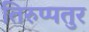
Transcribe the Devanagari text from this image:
तिरुप्पतुर